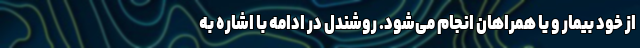
از خود بیمار و یا همراهان انجام می‌شود. روشندل در ادامه با اشاره به